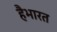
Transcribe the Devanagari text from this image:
हैभारत